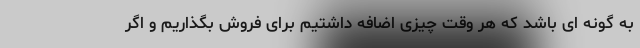
به گونه ای باشد که هر وقت چیزی اضافه داشتیم برای فروش بگذاریم و اگر